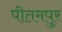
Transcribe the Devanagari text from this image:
पीतमपुर